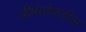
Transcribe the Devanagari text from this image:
श्रीमंतांकडील